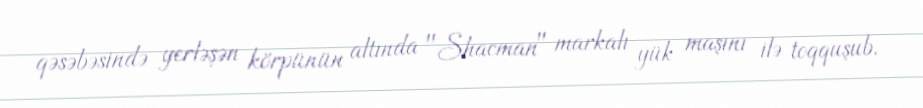
qəsəbəsində yerləşən körpünün altında "Shacman" markalı yük maşını ilə toqquşub.